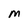
Character: M